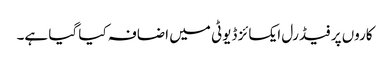
کاروں پر فیڈرل ایکسائز ڈیوٹی میں اضافہ کیا گیا ہے۔